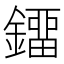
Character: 鐂